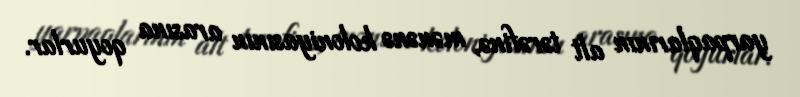
yarpaqlarının alt tərəfinə, mənənə koloniyasının arasına qoyurlar.